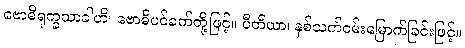
ဗောဓိရုက္ခသာခါဟိ၊ ဗောဓိပင်ခက်တို့ဖြင့်။ ပီတိယာ၊ နှစ်သက်ဝမ်းမြောက်ခြင်းဖြင့်။